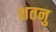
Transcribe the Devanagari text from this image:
शतनु